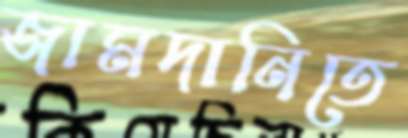
জামদানিতে